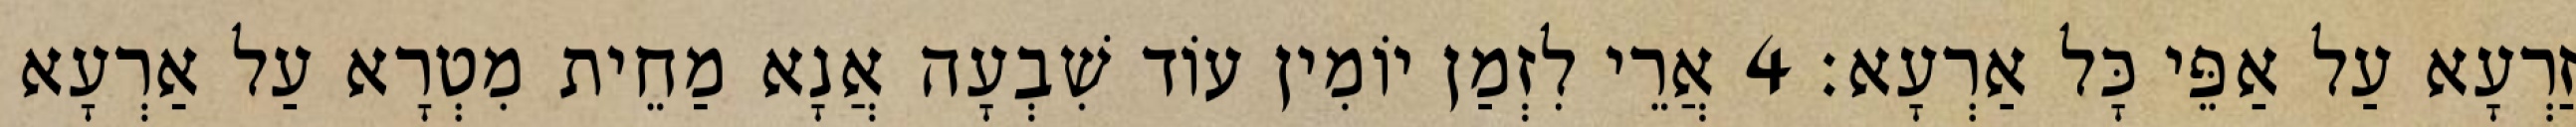
זַרְעָא עַל אַפֵּי כָּל אַרְעָא׃ 4 אֲרֵי לִזְמַן יוֹמִין עוֹד שִׁבְעָה אֲנָא מַחֵית מִטְרָא עַל אַרְעָא